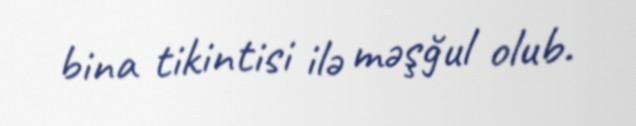
bina tikintisi ilə məşğul olub.